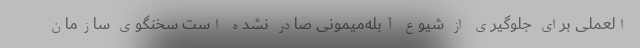
العملی برای جلوگیری از شیوع آبله‌میمونی صادر نشده‌ است سخنگوی سازمان